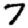
Digit: 7